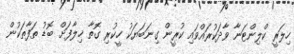
ހިލަރީ ކްލިންޓަނާ ވާދަކުރައްވައި ކުރީން ގިނަބަޔަކު ހީކުރި ގޮތާ ޚިލާފަށް ބޮޑު ތަފާތަކުން